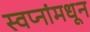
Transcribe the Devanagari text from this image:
स्वप्नांमधून